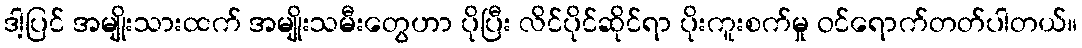
ဒါ့ပြင် အမျိုးသားထက် အမျိုးသမီးတွေဟာ ပိုပြီး လိင်ပိုင်ဆိုင်ရာ ပိုးကူးစက်မှု ဝင်ရောက်တတ်ပါတယ်။